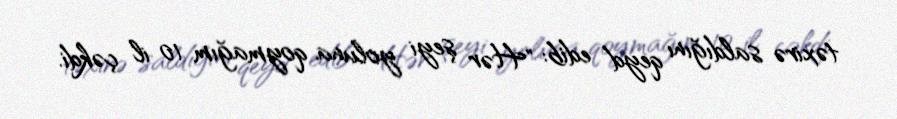
təxirə saldığını qeyd edib: "Hər şeyi yoluna qoymağım 10 il çəkdi.